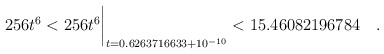
\begin{align*} 256 t^6& < 256 t^6\biggr\rvert_{t=0.6263716633 + 10^{-10}} < 15.46082196784\quad . \end{align*}